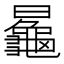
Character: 𱢲